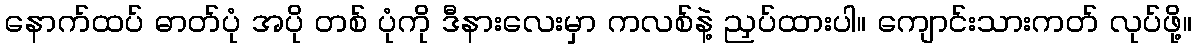
နောက်ထပ် ဓာတ်ပုံ အပို တစ် ပုံကို ဒီနားလေးမှာ ကလစ်နဲ့ ညှပ်ထားပါ။ ကျောင်းသားကတ် လုပ်ဖို့။